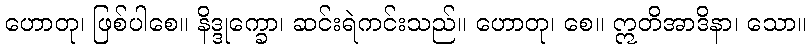
ဟောတု၊ ဖြစ်ပါစေ။ နိဒ္ဒုက္ခော၊ ဆင်းရဲကင်းသည်။ ဟောတု၊ စေ။ ဣတိအာဒိနာ၊ သော။